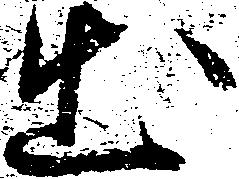
出